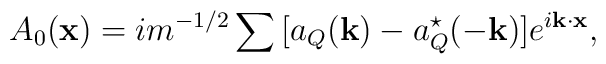
A_0({\bf x}) = im^{-1/2}\sum{}[a_Q({\bf k}) - a^\star_Q(-{\bf k})]e^{i{\bf k \cdot x}},